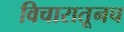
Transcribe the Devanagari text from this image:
विचारातूनच